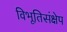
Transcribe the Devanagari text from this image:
विभूतिसंक्षेप